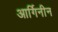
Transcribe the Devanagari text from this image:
आर्गिनीन